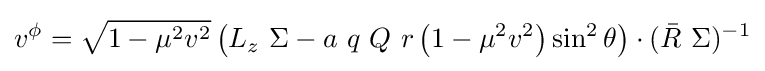
v^{\phi }={\sqrt {1-\mu ^{2}v^{2}}}\left(L_{z}\ \Sigma -a\ q\ Q\ r\left(1-\mu ^{2}v^{2}\right)\sin ^{2}\theta \right)\cdot ({\bar {R}}\ \Sigma )^{-1}